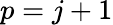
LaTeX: p=j+1